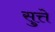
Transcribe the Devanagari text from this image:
सुत्ते